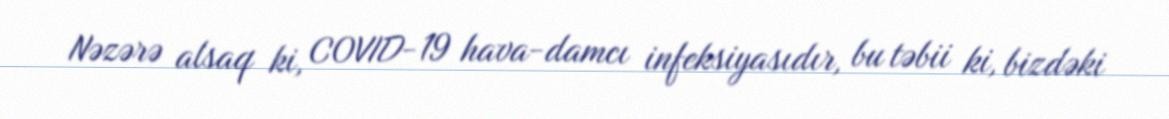
Nəzərə alsaq ki, COVID-19 hava-damcı infeksiyasıdır, bu təbii ki, bizdəki